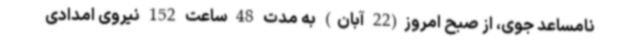
نامساعد جوی، از صبح امروز(22 آبان) به مدت 48 ساعت 152 نیروی امدادی